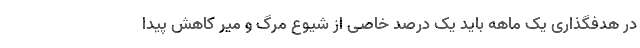
در هدفگذاری یک ماهه باید یک درصد خاصی از شیوع مرگ و میر کاهش پیدا